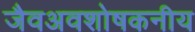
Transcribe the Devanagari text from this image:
जैवअवशोषकनीय